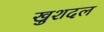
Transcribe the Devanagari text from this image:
खुशदल